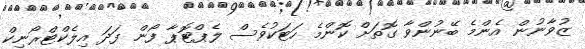
ޒުވާނުން އެންމެ ބޭނުންވާ ގޮތަށް ކޮންމެ ހަޓަކުވެސް ލެޕްޓޮޕާ ފޯން ފަދަ އިލެކްޓްރޯނިކް